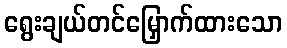
ရွေးချယ်တင်မြှောက်ထားသော